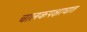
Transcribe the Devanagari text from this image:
चालकपक्षाघात